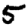
Digit: 5